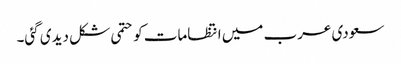
سعودی عرب میں انتظامات کو حتمی شکل دیدی گئی۔